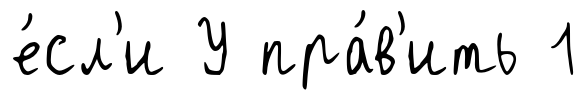
е́сл'и У пра́в'ить 1